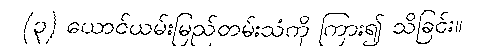
(၃) ယောင်ယမ်းမြည်တမ်းသံကို ကြား၍ သိခြင်း။